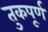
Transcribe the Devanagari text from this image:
तुकपूर्ण